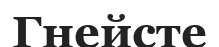
Гнейсте